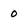
Character: 0